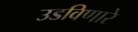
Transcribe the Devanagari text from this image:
उडविणारे